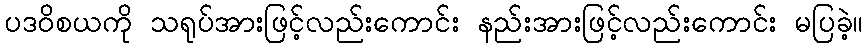
ပဒဝိစယကို သရုပ်အားဖြင့်လည်းကောင်း နည်းအားဖြင့်လည်းကောင်း မပြခဲ့။